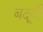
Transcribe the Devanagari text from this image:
बदूवी